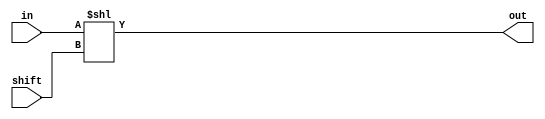
module TC_Shl (in, shift, out);
    parameter UUID = 0;
    parameter NAME = "";
    parameter BIT_WIDTH = 1;
    parameter SHIFT_WIDTH = (BIT_WIDTH == 8 ? 3 : BIT_WIDTH == 16 ? 4 : BIT_WIDTH == 32 ? 5 : BIT_WIDTH == 64 ? 6 : 1);
    input [BIT_WIDTH-1:0] in;
    input [SHIFT_WIDTH-1:0] shift;
    output [BIT_WIDTH-1:0] out;
    
    assign out = in << shift;
endmodule